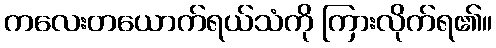
ကလေးတယောက်ရယ်သံကို ကြားလိုက်ရ၏။